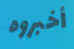
أخبروه